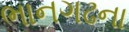
ભાનગઢના